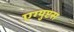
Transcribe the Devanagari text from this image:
एग्युप्टस